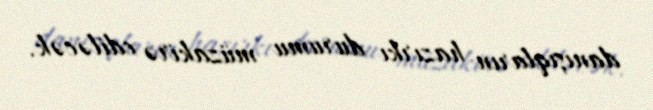
danışıqların hazırkı durumu müzakirə ediləcək.